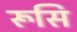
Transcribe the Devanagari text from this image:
रूसि